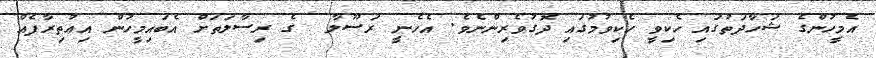
އެމީހުންގެ ޝަހާދަތުގައި  ހެކިވީ ހެކިވުމުގައި  ދޮގުވެރިންނެވެ. އެހެނީ ރަސޫލާ  ގެ ރިސާލަތަށް އެބައިމީހުން އިޢުތިރާފެއް